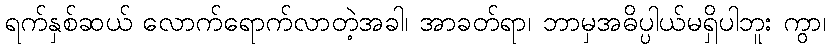
ရက်နှစ်ဆယ် လောက်ရောက်လာတဲ့အခါ၊ အာခတ်ရာ၊ ဘာမှအဓိပ္ပါယ်မရှိပါဘူး ကွာ၊